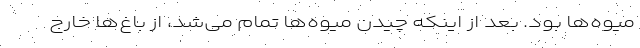
میوه‌ها بود. بعد از اینکه چیدن میوه‌ها تمام می‌شد، از باغ‌ها خارج